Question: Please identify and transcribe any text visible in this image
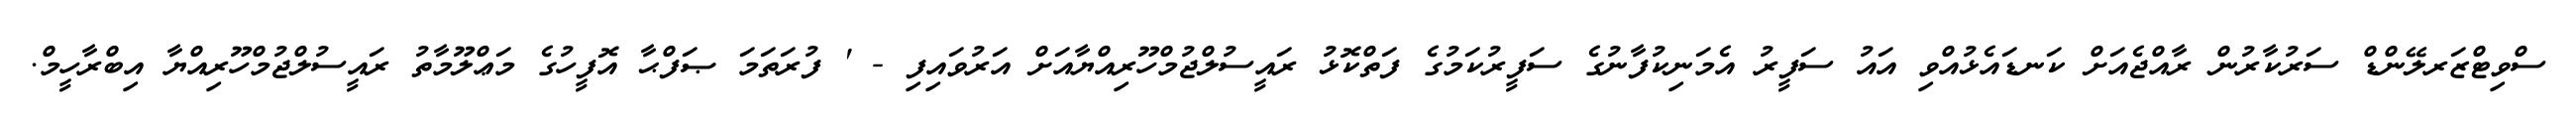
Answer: ސްވިޓްޒަރލޭންޑް ސަރުކާރުން ރާއްޖެއަށް ކަނޑައެޅުއްވި އައު ސަފީރު އެމަނިކުފާނުގެ ސަފީރުކަމުގެ ފަތްކޮޅު ރައީސުލްޖުމްހޫރިއްޔާއަށް އަރުވައިފި - ' ފުރަތަމަ ޞަފްޙާ އޮފީހުގެ މަޢްލޫމާތު ރައީސުލްޖުމްހޫރިއްޔާ އިބްރާހީމް.